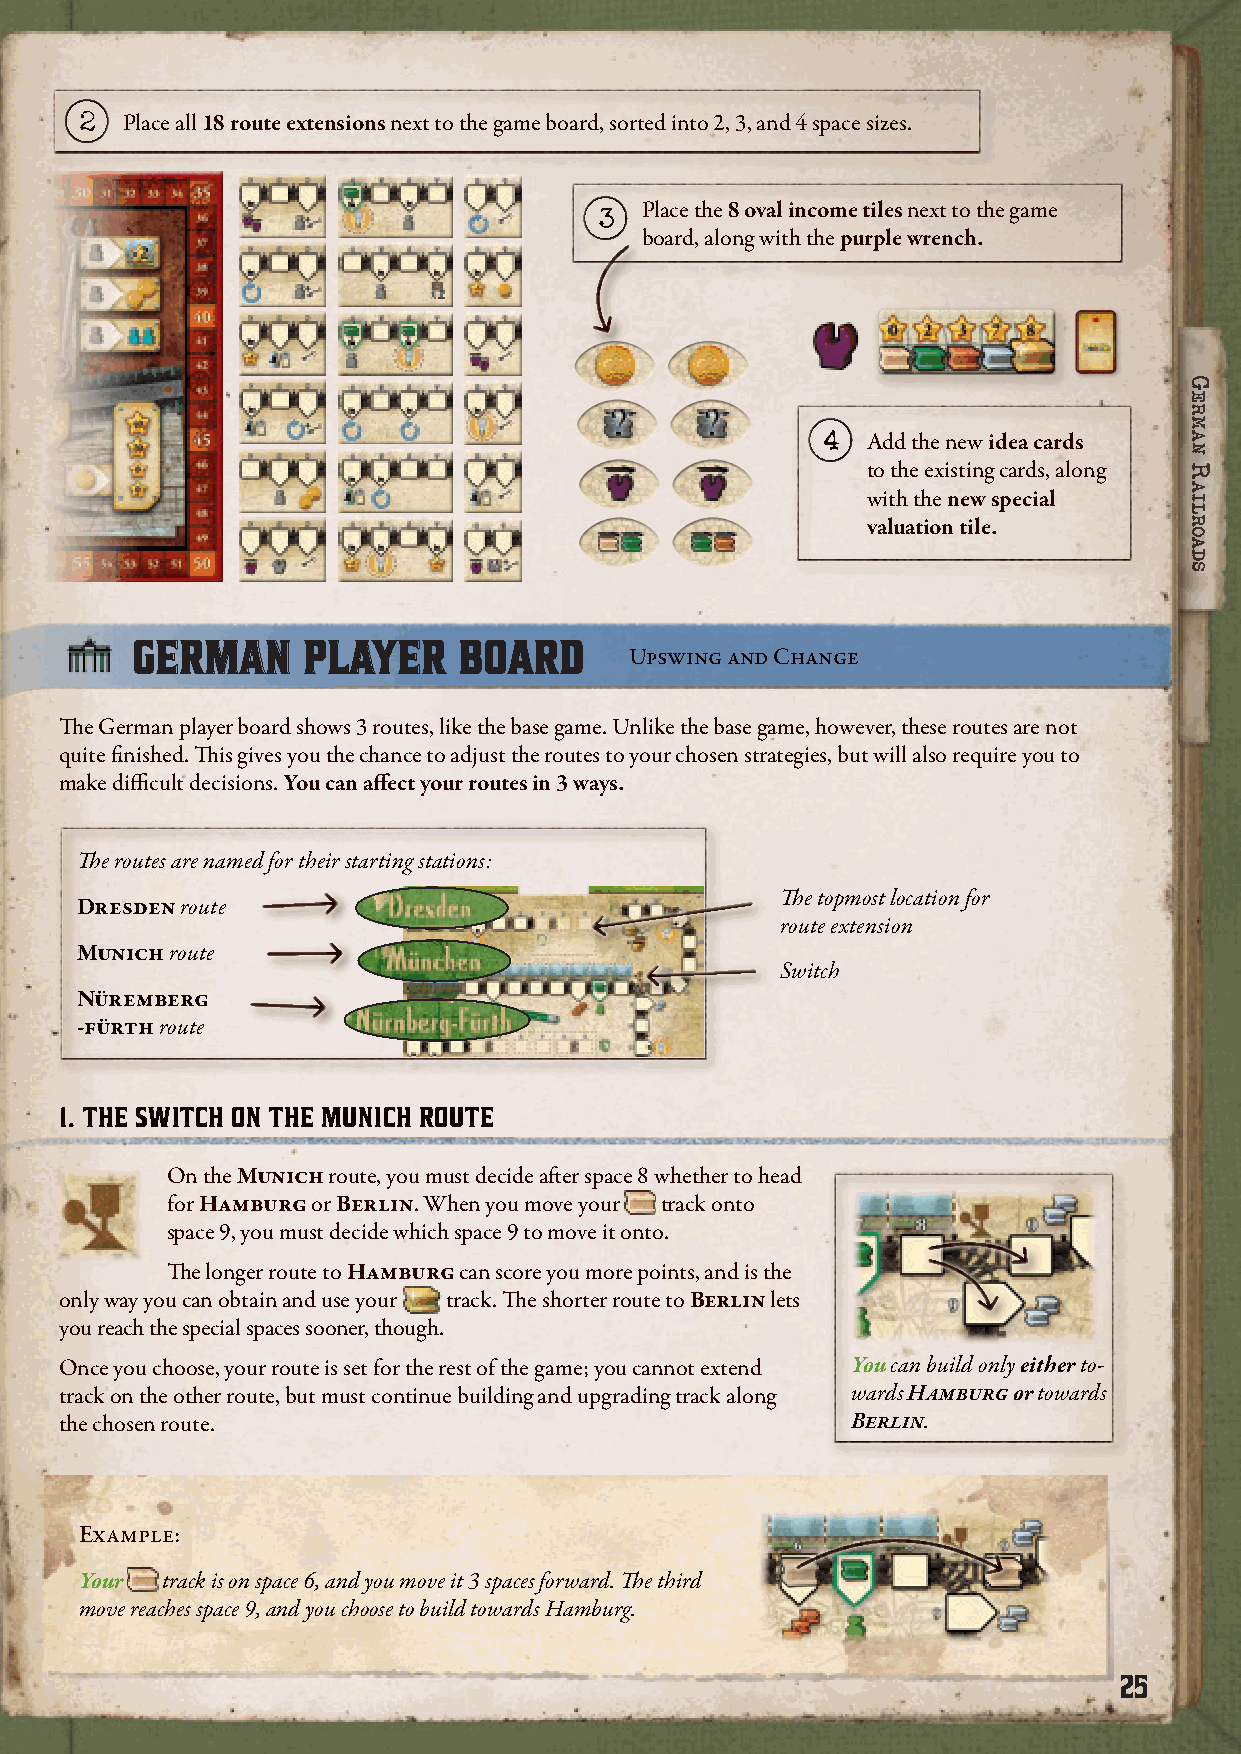
2  Place all 18 route extensions next to the game board, sorted into 2, 3, and 4 space sizes.
 3 Place the 8 oval income tiles next to the game
 board, along with the purple wrench.
 4  Add the new idea cards
 to the existing cards, along
 with the new special
 valuation tile.
 GGEERRMMAANN PPLLAAYYEERR BBOOAARRDD
 Upswing and Change
 The German player board shows 3 routes, like the base game. Unlike the base game, however, these routes are not
 quite finished. This gives you the chance to adjust the routes to your chosen strategies, but will also require you to
 make difficult decisions. You can affect your routes in 3 ways.
 The routes are named for their starting stations:
 The topmost location for
 Dresden route
 route extension
 Munich route
 Switch
 Nüremberg
 -fürth route
 1. THE SWITCH ON THE MUNICH ROUTE
 On the Munich route, you must decide after space 8 whether to head
 for Hamburg or Berlin. When you move your track onto
 space 9, you must decide which space 9 to move it onto.
 The longer route to Hamburg can score you more points, and is the
 only way you can obtain and use your track. The shorter route to Berlin lets
 you reach the special spaces sooner, though.
 Once you choose, your route is set for the rest of the game; you cannot extend You can build only either to-
 track on the other route, but must continue building and upgrading track along wards Hamburg or towards
 the chosen route.                                   Berlin.
 Example:
 Your  track is on space 6, and you move it 3 spaces forward. The third
 move reaches space 9, and you choose to build towards Hamburg.
 25
 GGeerrmmaann
 rraaiillrrooaaddss